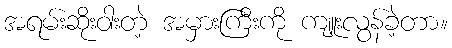
အရမ်းဆိုးဝါးတဲ့ အမှားကြီးကို ကျူးလွန်ခဲ့တာ။